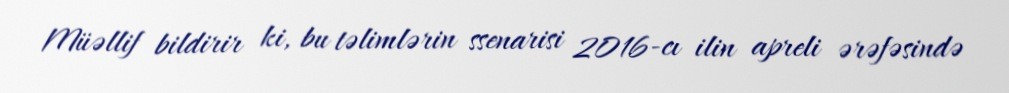
Müəllif bildirir ki, bu təlimlərin ssenarisi 2016-cı ilin apreli ərəfəsində